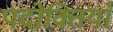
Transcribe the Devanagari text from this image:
पदोक्तियाँ